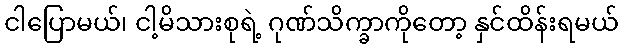
ငါပြောမယ်၊ ငါ့မိသားစုရဲ့ ဂုဏ်သိက္ခာကိုတော့ နှင်ထိန်းရမယ်